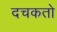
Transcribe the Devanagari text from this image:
दचकतो